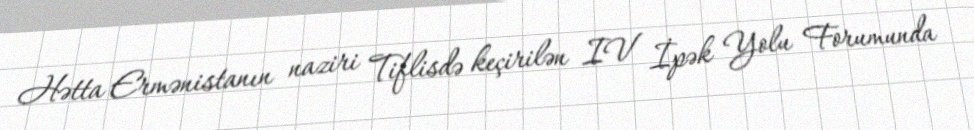
Hətta Ermənistanın naziri Tiflisdə keçirilən IV İpək Yolu Forumunda